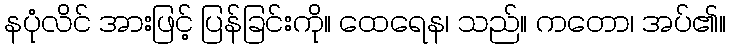
နပုံလိင် အားဖြင့် ပြန်ခြင်းကို။ ထေရေန၊ သည်။ ကတော၊ အပ်၏။